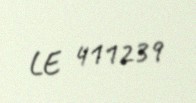
LE 411239